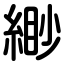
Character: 緲